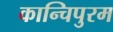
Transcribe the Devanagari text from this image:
कान्चिपुरम